Scottish Certificate of Education, 1963
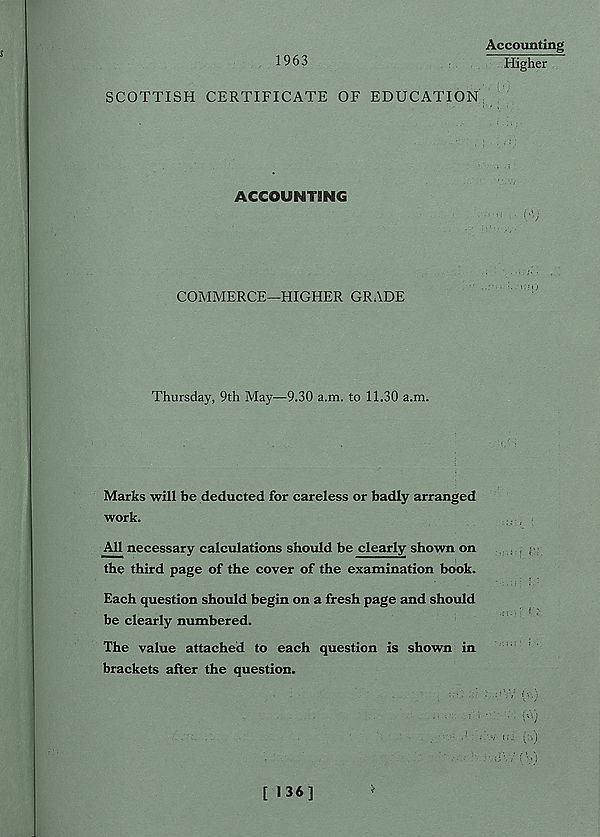
1963
SCOTTISH CERTIFICATE OF EDUCATION
ACCOUNTING
COMMERCE—HIGHER GRADE
Thursday, 9th May—9.30 a.m. to 11.30 a.m.
Marks will be deducted for careless or badly arranged
work.
All necessary calculations should be clearly shown on
the third page of the cover of the examination book.
Each question should begin on a fresh page and should
be clearly numbered.
The value attached to each question is shown in
brackets after the question.
Accounting
Higher
U 51 j
[ 136]